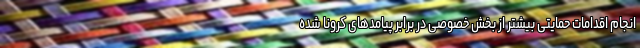
انجام اقدامات حمایتی بیشتر از بخش خصوصی در برابر پیامدهای کرونا شده